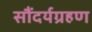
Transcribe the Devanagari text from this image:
सौंदर्यग्रहण